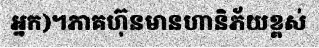
អ្នក)។ភាគហ៊ុនមានហានិភ័យខ្ពស់